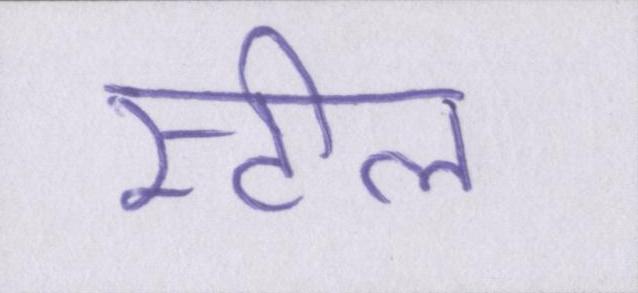
स्टील